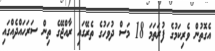
އެގޮތުން ވެރިކަމުގެ ފުރަތަމަ 18 މަސް ދުވަހުގެ ތެރޭގައި ރާއްޖޭގެ ތިން ސަރަހައްދެއްގައި